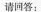
请回答：